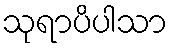
သုရာပိပါသာ